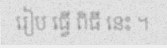
រៀប ធ្វើ ពិធី នេះ ។